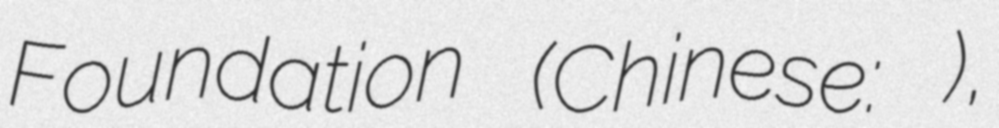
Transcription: Foundation (Chinese: 遠景基金會),